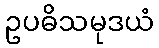
ဥပဓိသမုဒယံ